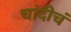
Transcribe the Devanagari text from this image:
चांदीचं